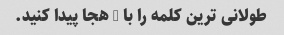
طولانی ترین کلمه را با 3 هجا پیدا کنید.